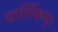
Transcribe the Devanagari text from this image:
वार्तिकम्।